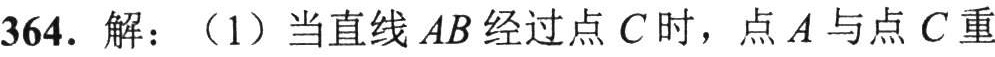
364. 解：（1）当直线 \(AB\) 经过点 \(C\) 时，点 \(A\) 与点 \(C\) 重